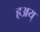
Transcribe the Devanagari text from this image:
हअय्